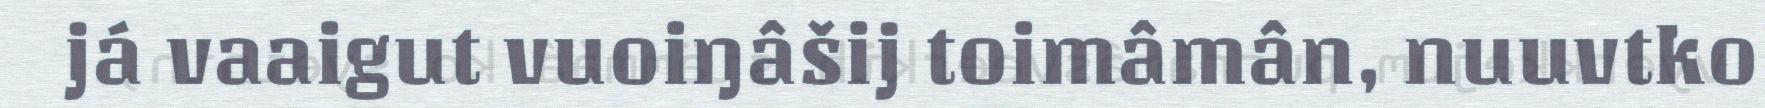
já vaaigut vuoiŋâšij toimâmân, nuuvtko